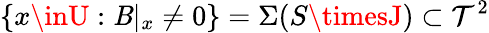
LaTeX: \{ x\inU:\mathit{B}|_{x}\neq0\} =\Sigma(S\timesJ)\subset\mathcal{{T}}^{2}